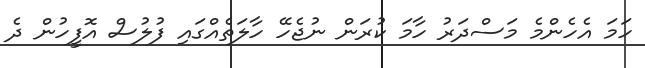
ހަމަ އެހެންމެ މަސްދަރު ހާމަ ކުރަން ނުޖެހޭ ހާލަތެއްގައި ފުލުސް އޮފީހުން ދެ